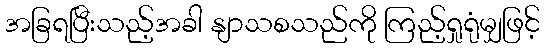
အခြရပြီးသည့်အခါ နျာသစသည်ကို ကြည့်ရှုရုံမျှဖြင့်